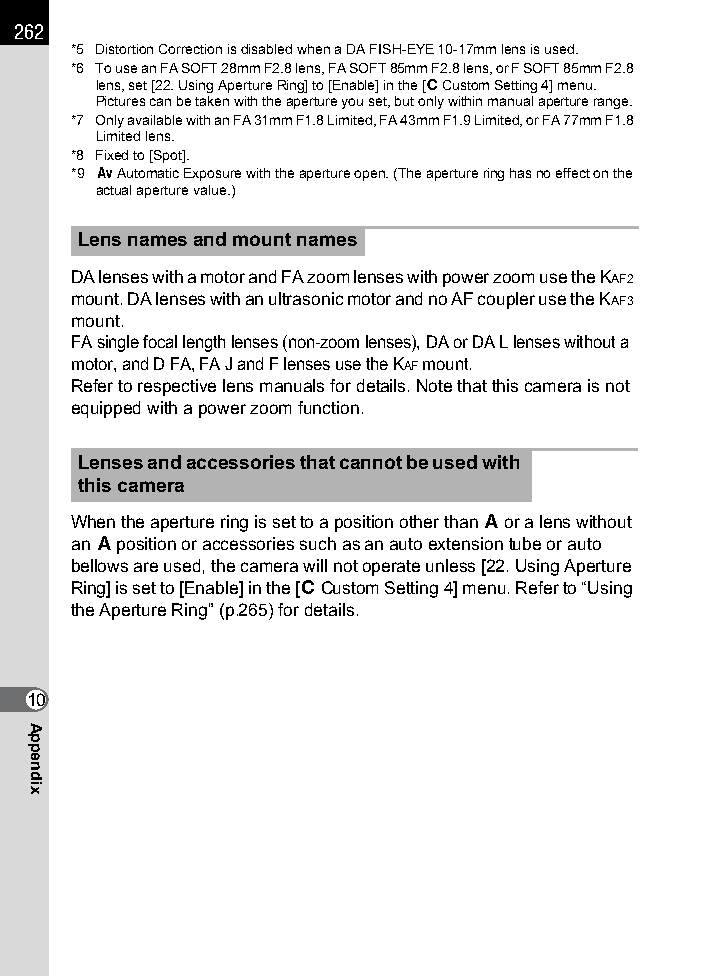
262
 *5 Distortion Correction is disabled when a DA FISH-EYE 10-17mm lens is used.
 *6 To use an FA SOFT 28mm F2.8 lens, FA SOFT 85mm F2.8 lens, or F SOFT 85mm F2.8
 lens, set [22. Using Aperture Ring] to [Enable] in the [A Custom Setting4] menu.
 Pictures can be taken with the aperture you set, but only within manual aperture range.
 *7 Only available with an FA 31mm F1.8 Limited, FA 43mm F1.9 Limited, or FA 77mm F1.8
 Limited lens.
 *8 Fixed to [Spot].
 *9 c Automatic Exposure with the aperture open. (The aperture ring has no effect on the
 actual aperture value.)
 Lens names and mount names
 DA lenses with a motor and FA zoom lenses with power zoom use the KAF2
 mount. DA lenses with an ultrasonic motor and no AF coupler use the KAF3
 mount.
 FA single focal length lenses (non-zoom lenses), DA or DA L lenses without a
 motor, and D FA, FA J and F lenses use the KAF mount.
 Refer to respective lens manuals for details. Note that this camera is not
 equipped with a power zoom function.
 Lenses and accessories that cannot be used with
 this camera
 When the aperture ring is set to a position other than s or a lens without
 an s position or accessories such as an auto extension tube or auto
 bellows are used, the camera will not operate unless [22. Using Aperture
 Ring] is set to [Enable] in the [ACustom Setting4] menu. Refer to “Using
 the Aperture Ring” (p.265) for details.
 10
 Appendix